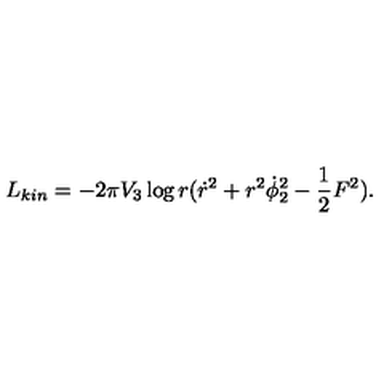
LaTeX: L _ { k i n } = - 2 \pi V _ { 3 } \log r ( { \dot { r } } ^ { 2 } + r ^ { 2 } \dot { \phi } _ { 2 } ^ { 2 } - { \frac { 1 } { 2 } } F ^ { 2 } ) .